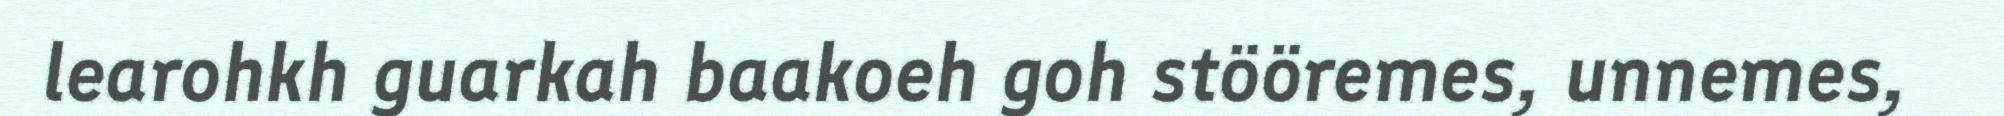
learohkh guarkah baakoeh goh stööremes, unnemes,